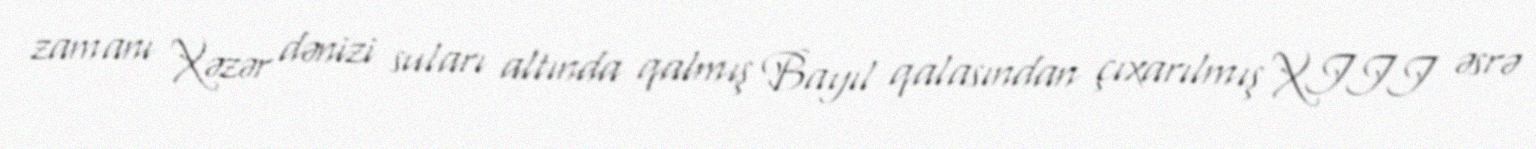
zamanı Xəzər dənizi suları altında qalmış Bayıl qalasından çıxarılmış XIII əsrə